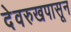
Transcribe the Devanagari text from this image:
देवरुखपासून